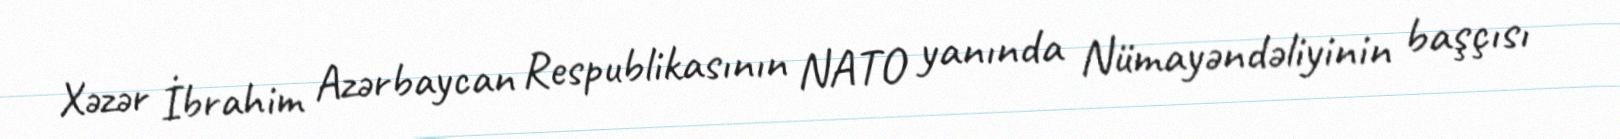
Xəzər İbrahim Azərbaycan Respublikasının NATO yanında Nümayəndəliyinin başçısı